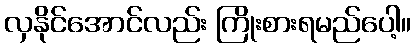
လှနိုင်အောင်လည်း ကြိုးစားရမည်ပေါ့။